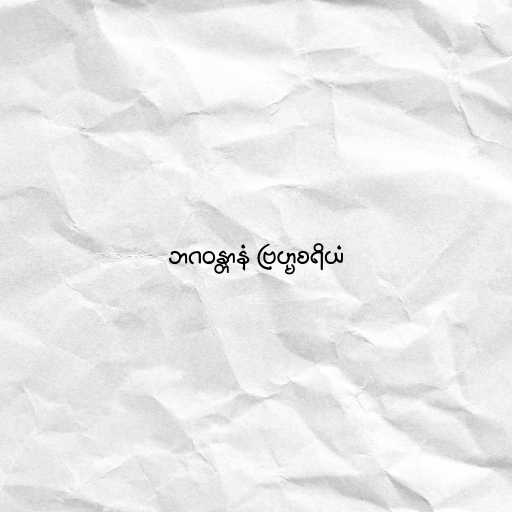
ဘဂဝန္တာနံ ဗြဟ္မစရိယံ